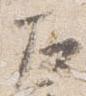
左